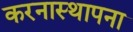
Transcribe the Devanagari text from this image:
करनास्थापना